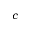
c